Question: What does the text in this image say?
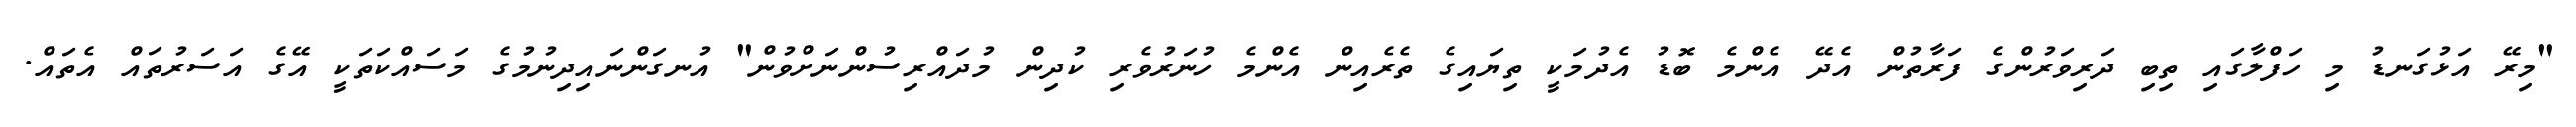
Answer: "މިރޭ އަޅުގަނޑު މި ހަފްލާގައި ތިބި ދަރިވަރުންގެ ފަރާތުން އެދޭ އެންމެ ބޮޑު އެދުމަކީ ތިޔައިގެ ތެރެއިން އެންމެ ހުނަރުވެރި ކުދިން މުދައްރިސުންނަށްވުން" އުނގަންނައިދިނުމުގެ މަސައްކަތަކީ އޭގެ އަސަރުތައް އެތައް.